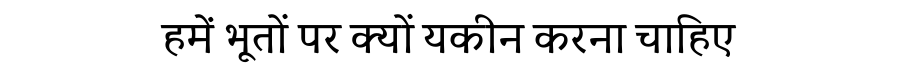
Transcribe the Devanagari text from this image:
हमें भूतों पर क्यों यकीन करना चाहिए